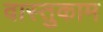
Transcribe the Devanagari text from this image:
वास्तुकाम